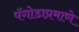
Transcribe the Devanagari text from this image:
पॅगोडाप्रमाणे